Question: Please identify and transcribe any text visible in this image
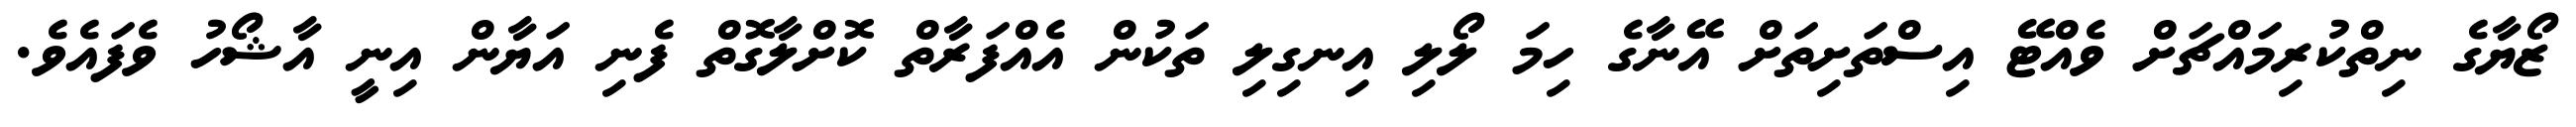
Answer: ޒޯޔާގެ ނިތްކުރިމައްޗަށް ވެއްޓޭ އިސްތަށިތަށް އޭނާގެ ހިމަ ލޯލި އިނގިލި ތަކުން އެއްފަރާތް ކޮށްލާގޮތް ފެނި އަޔާން އިނީ އާޝޯހު ވެފައެވެ.